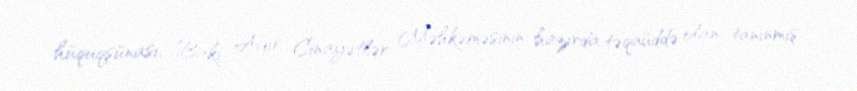
hüquqşünası, Bakı Ağır Cinayətlər Məhkəməsinin hazırda təqaüddə olan tanınmış